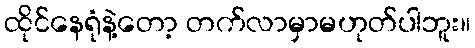
ထိုင်နေရုံနဲ့တော့ တက်လာမှာမဟုတ်ပါဘူး။